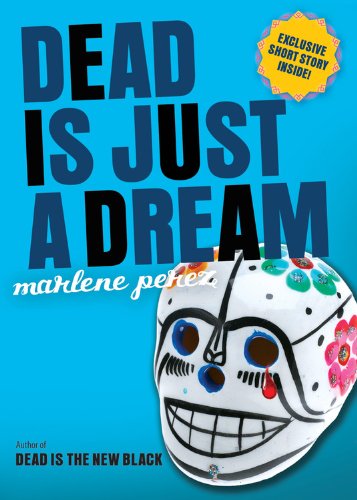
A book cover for Dead Is Just a Dream; Marlene Perez; Teen & Young Adult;